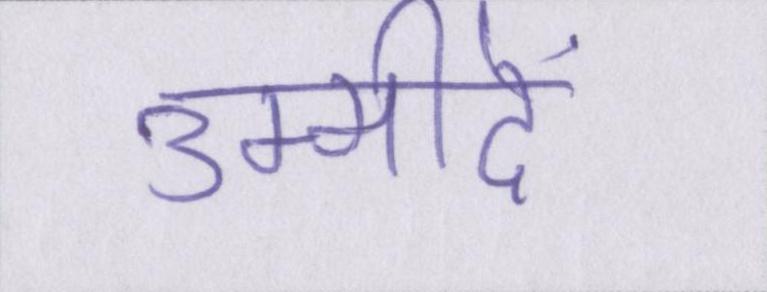
उम्मीदें